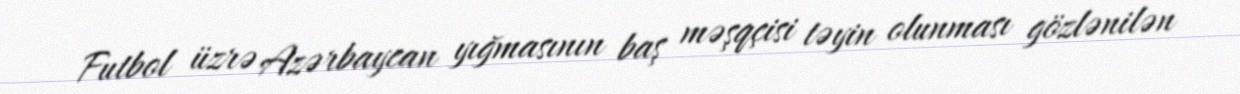
Futbol üzrə Azərbaycan yığmasının baş məşqçisi təyin olunması gözlənilən